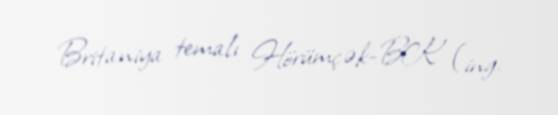
Britaniya temalı Hörümçək-BK (ing.